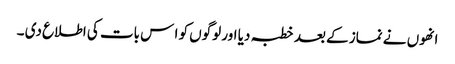
انھوں نے نماز کے بعد خطبہ دیا اور لوگوں کو ا س بات کی اطلاع دی ۔